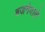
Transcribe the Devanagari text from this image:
बजनेवाले